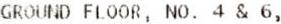
GROUND FLOOR, NO. 4 & 6,